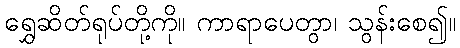
ရွှေဆိတ်ရုပ်တို့ကို။ ကာရာပေတွာ၊ သွန်းစေ၍။